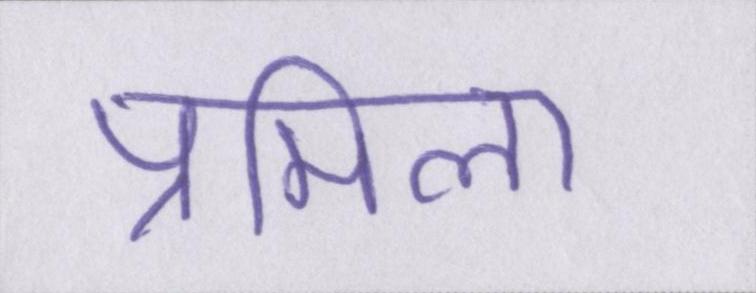
प्रमिला